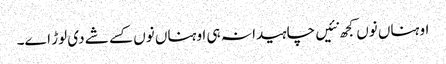
اوہناں نوں کجھ نئیں چاہیدا نہ ہی اوہناں نوں کسے شے دی لوڑ اے۔